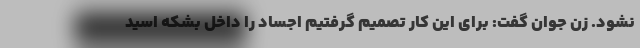
نشود. زن جوان گفت: برای این کار تصمیم گرفتیم اجساد را داخل بشکه اسید